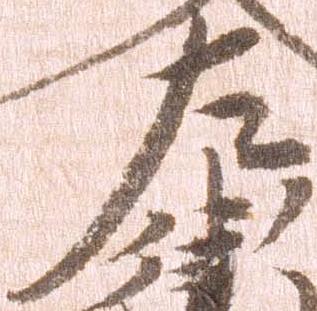
左